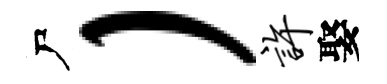
尸）许娶